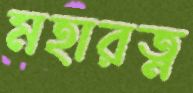
মহারত্ন